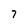
Character: 7